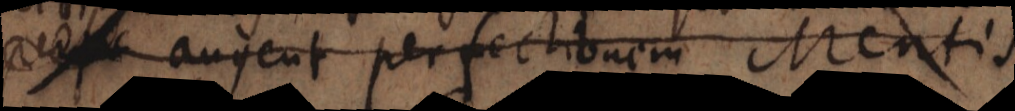
augent perfectionem Mentis.